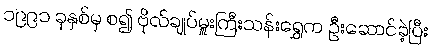
၁၉၉၁ ခုနှစ်မှ စ၍ ဗိုလ်ချုပ်မှူးကြီးသန်းရွှေက ဦးဆောင်ခဲ့ပြီး